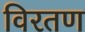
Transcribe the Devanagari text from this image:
विरतण